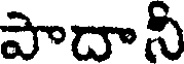
పాదాని